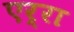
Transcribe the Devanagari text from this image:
एर्रा